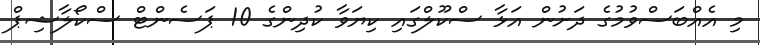
މި އެއްބަސްވުމުގެ ދަށުން އަޅާ ސްކޫލްގައި ކިޔަވާ ކުދިންގެ 10 ޕަސެންޓް ސްކޯލާޝިޕް